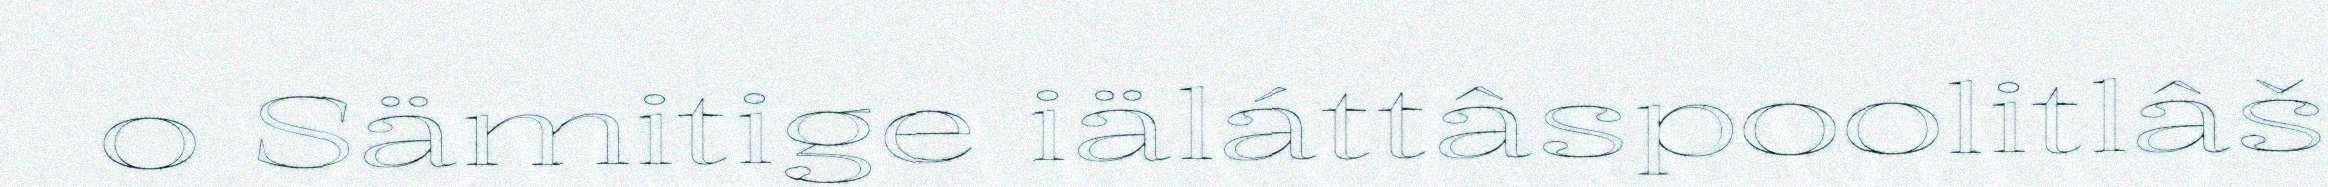
o Sämitige iäláttâspoolitlâš